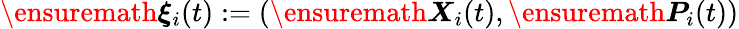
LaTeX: \ensuremath{\boldsymbol{\xi}}_{i}(t):=(\ensuremath{\boldsymbol{X}}_{i}(t),\ensuremath{\boldsymbol{P}}_{i}(t))